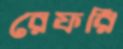
রেফরি